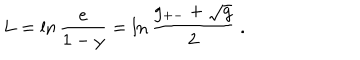
L = \ln \frac { e } { 1 - y } = \ln \frac { g _ { + - } + \sqrt { g } } { 2 } \ .